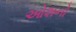
ઓશનો